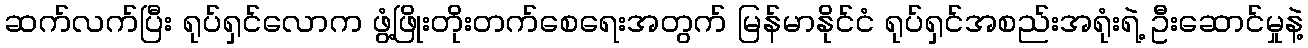
ဆက်လက်ပြီး ရုပ်ရှင်လောက ဖွံ့ဖြိုးတိုးတက်စေရေးအတွက် မြန်မာနိုင်ငံ ရုပ်ရှင်အစည်းအရုံးရဲ့ ဦးဆောင်မှုနဲ့